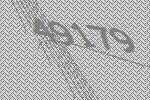
49179